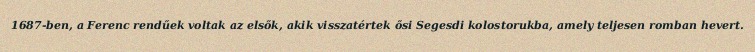
1687-ben, a Ferenc rendűek voltak az elsők, akik visszatértek ősi Segesdi kolostorukba, amely teljesen romban hevert.